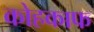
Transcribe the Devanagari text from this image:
कोहकाफ